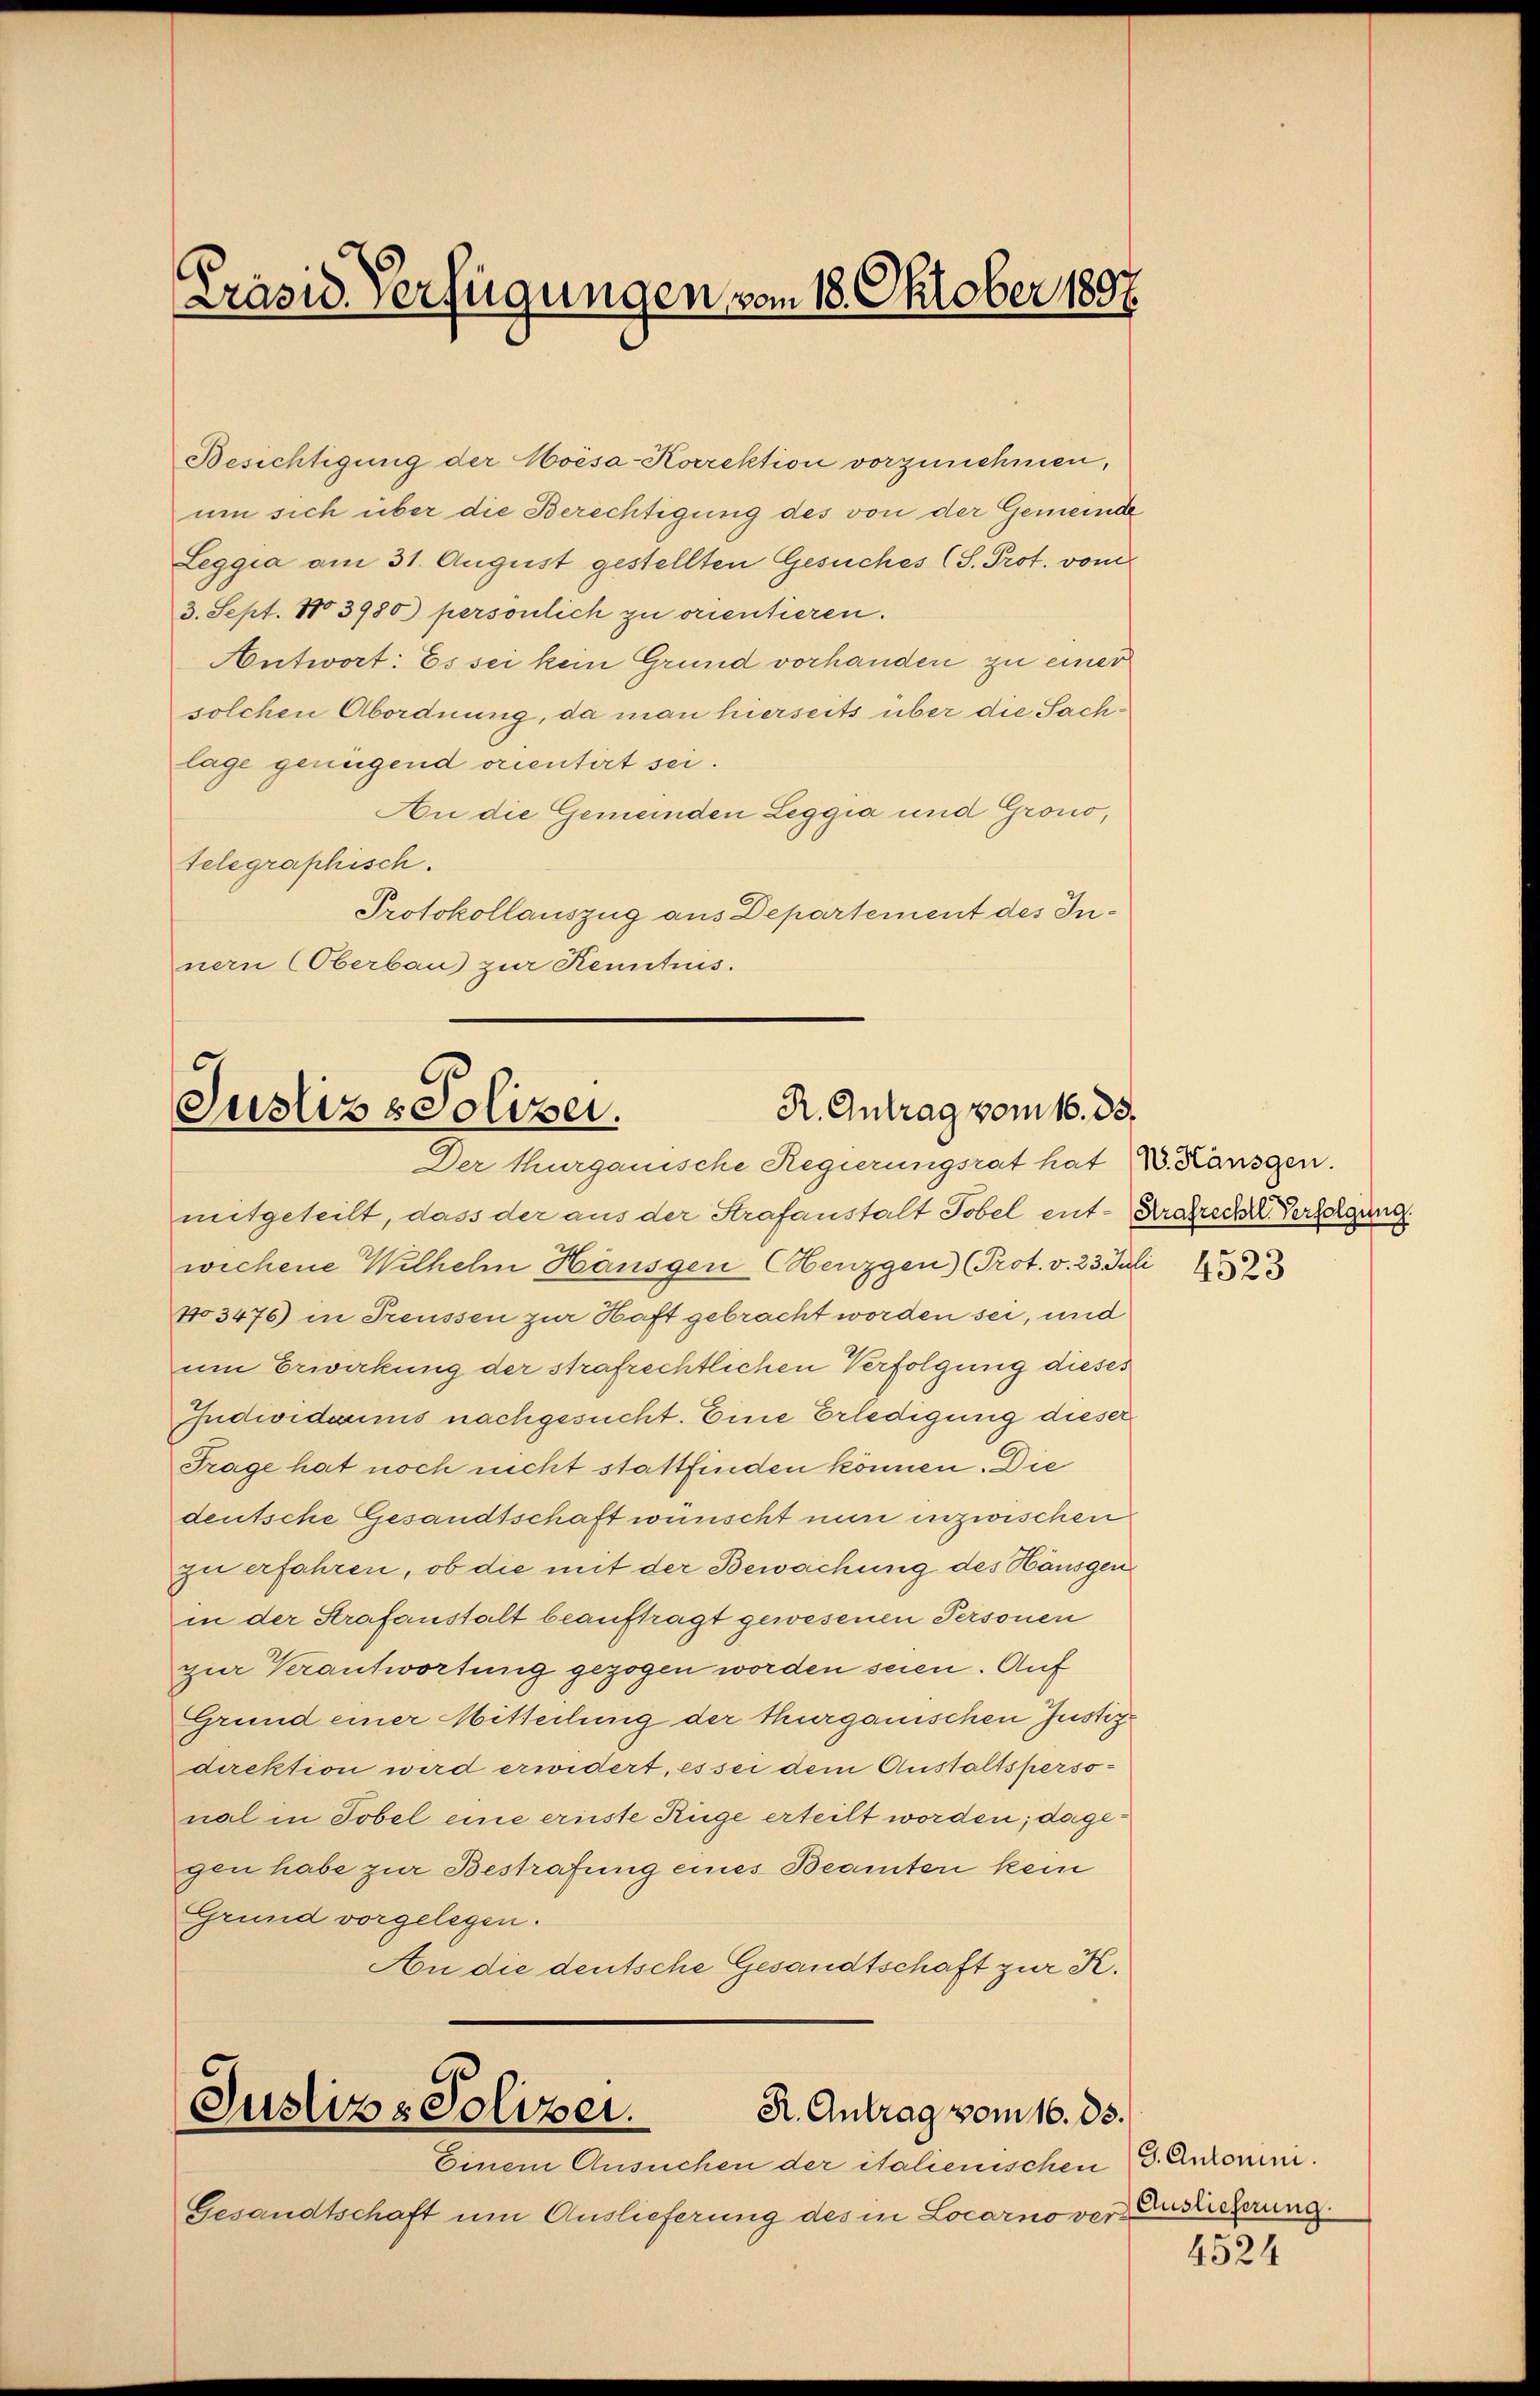
Präsid. Verfügungen vom 18. Oktober 1807.

Besichtigung der Hoésa-Korrektion vorzunehmen,
um sich über die Berechtigung des von der Gemeinde
Leggia am 31. August gestellten Gesuches (S. Prot. vom
3. Sept. No 3980) persönlich zu orientieren.
Antwort: Es sei kein Grund vorhanden zu einer
solchen Abordnung, da man hierseits über die Sachlage genügend orientirt sei.
An die Gemeinden Leggia und Grono,
telegraphisch.
Protokollauszug aus Departement des Innern (Oberbau zur Kenntnis.

R. Antrag vom 16. 33.
Justiz & Polizei.
Der Thurgauische Regierungsrat hat W. Känsgen.

mitgeteilt, dass der aus der Strafanstalt Tobel ent-Kratreche Verfolgung
wechene Wilhelm Hänsgen Menzgen (Prot. v. 23. Juli
N03476) in Treussen zur Haft gebracht worden sei, und
um Erwirkung der strafrechtlichen Verfolgung dieses
Individuums nachgesucht. Eine Erledigung dieser
Frage hat noch nicht stattfinden können. Die
deutsche Gesandtschaft wünscht nun inzwischen
zu erfahren, ob die mit der Bewachung des Hausgen
in der Strafanstalt beauftragt gewesenen Personen
zur Verantwortung gezogen worden seien. Auf
Grund einer Mitteilung der thurganischen Justizdirektion wird erwidert, es sei dem Anstaltsperso-
nal in Tobel eine erinste Rüge erteilt worden; dagegen habe zur Bestrafung eines Beamten kein
Grund vorgelegen.
An die deutsche Gesandtschaft zur K.

Justiz-Polizei.
R. Antrag vom 16. ds.

Einem Ansuchen der italienischen G. Antomni.
Gesandtschaft um Auslieferung des in Locarno vor Esslicherung.

4523

4524